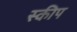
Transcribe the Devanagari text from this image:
स्कीप